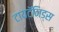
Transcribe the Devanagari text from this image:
टायटॅनिड्स